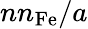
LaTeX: {{nn_{\mathrm{Fe}}}}/a